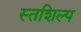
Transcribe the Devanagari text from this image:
स्‍तशिल्प